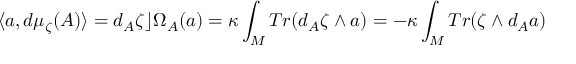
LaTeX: \langle a , d \mu _ { \zeta } ( A ) \rangle = d _ { A } \zeta \rfloor \Omega _ { { \cal A } } ( a ) = \kappa \int _ { M } T r ( d _ { A } \zeta \wedge a ) = - \kappa \int _ { M } T r ( \zeta \wedge d _ { A } a )